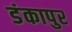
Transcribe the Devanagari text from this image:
डंकापुर